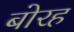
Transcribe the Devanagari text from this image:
बोरह